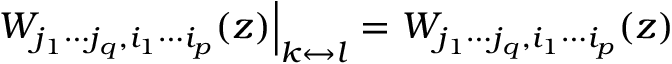
\qquad \left. W _ { j _ { 1 } \cdots j _ { q } , i _ { 1 } \cdots i _ { p } } ( z ) \right| _ { k \leftrightarrow l } = W _ { j _ { 1 } \cdots j _ { q } , i _ { 1 } \cdots i _ { p } } ( z ) \qquad